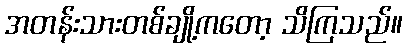
အတန်းသားတစ်ချို့ကတော့ သိကြသည်။